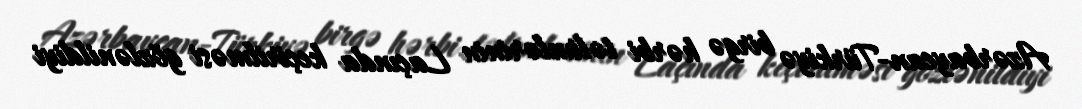
Azərbaycan-Türkiyə birgə hərbi təlimlərinin Laçında keçirilməsi gözlənildiyi